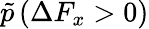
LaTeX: \tilde{p}\left(\Delta F_{x}>0\right)